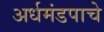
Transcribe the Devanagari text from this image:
अर्धमंडपाचे